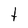
Character: t